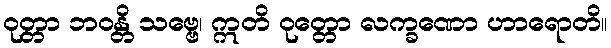
ဝုတ္တာ ဘဝန္တိ သဗ္ဗေ၊ ဣတိ ဝုတ္တော လက္ခဏော ဟာရောတိ။